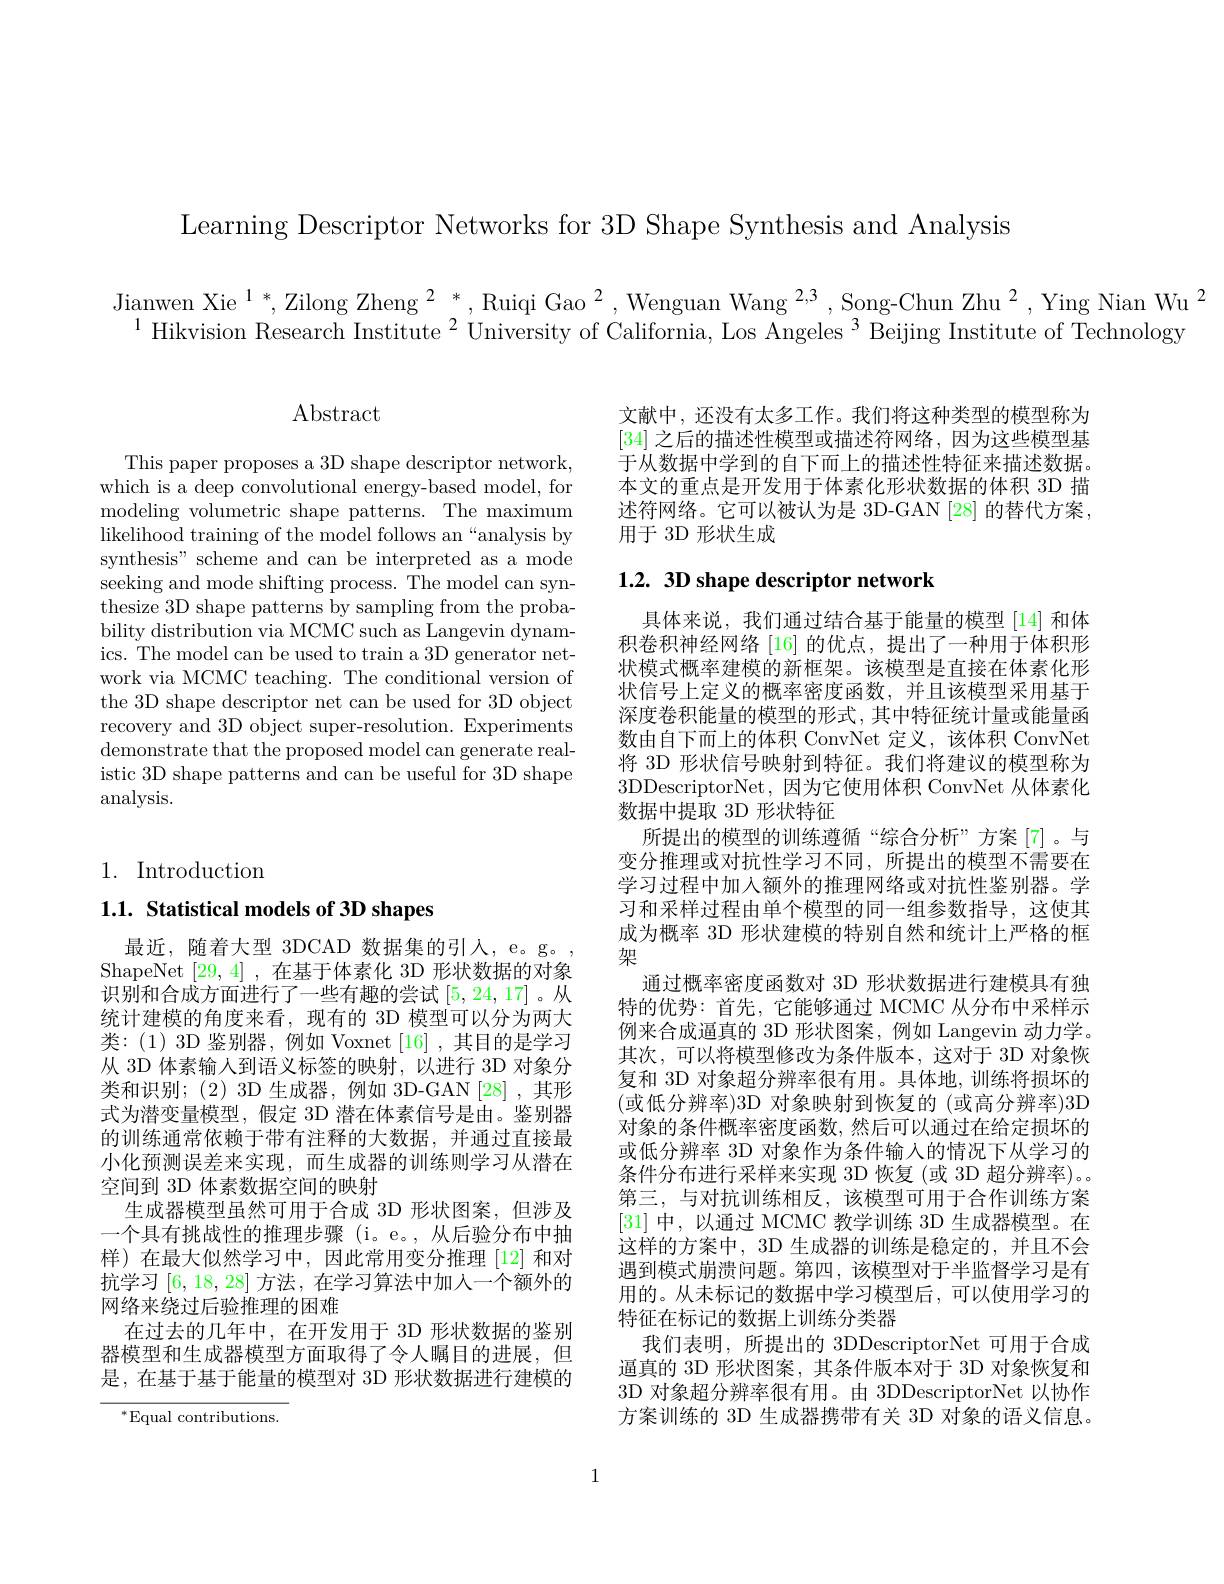
Learning Descriptor Networks for 3D Shape Synthesis and Analysis

Jianwen Xie $^1*,\text{Zilong Zheng }^2*,\text{Ruiqi Gao}^2,\text{Wenguan Wang }^{2,3},\text{Song-Chun Zhu}^2,\text{Ying Nian Wu}^2$
$^{1}$ Hikvision Research Institute $^2$ University of California, Los Angeles $^3$ Beijing Institute of Technology

$\operatorname{Abstract}$

This paper proposes a 3D shape descriptor network, which is a deep convolutional energy-based model, for modeling volumetric shape patterns. The maximum likelihood training of the model follows an“analysis by synthesis" scheme and can be interpreted as a mode seeking and mode shifting process. The model can synthesize 3D shape patterns by sampling from the probability distribution via MCMC such as Langevin dynamics. The model can be used to train a 3D generator network via MCMC teaching. The conditional version of the 3D shape descriptor net can be used for 3D object recovery and 3D object super-resolution. Experiments demonstrate that the proposed model can generate realistic 3D shape patterns and can be useful for 3D shape analysis.

1. Introduction

## 1.1. Statistical models of 3D shapes

最近，随着大型 3DCAD 数据集的引入，e。g。, ShapeNet [29,4] ,在基于体素化 3D 形状数据的对象识别和合成方面进行了一些有趣的尝试[5,24,17] 。从统计建模的角度来看，现有的 3D 模型可以分为两大类：(1)3D 鉴别器，例如 Voxnet[16],其目的是学习从 3D 体素输入到语义标签的映射，以进行 3D 对象分类和识别；(2)3D 生成器，例如 3D-GAN[28],其形式为潜变量模型，假定 3D 潜在体素信号是由。鉴别器的训练通常依赖于带有注释的大数据，并通过直接最小化预测误差来实现，而生成器的训练则学习从潜在空间到 3D 体素数据空间的映射
生成器模型虽然可用于合成 3D 形状图案，但涉及一个具有挑战性的推理步骤 (i。e。,从后验分布中抽样)在最大似然学习中，因此常用变分推理[12]和对抗学习[6,18,28]方法，在学习算法中加入一个额外的网络来绕过后验推理的困难
在过去的几年中，在开发用于 3D 形状数据的鉴别器模型和生成器模型方面取得了令人瞩目的进展，但是，在基于基于能量的模型对 3D 形状数据进行建模的

$^{*}$Equal contributions.

文献中，还没有太多工作。我们将这种类型的模型称为[34]之后的描述性模型或描述符网络，因为这些模型基于从数据中学到的自下而上的描述性特征来描述数据。本文的重点是开发用于体素化形状数据的体积 3D 描述符网络。它可以被认为是 3D-GAN[28] 的替代方案， 用于 3D 形状生成

## 1.2. 3D shape descriptor network

具体来说，我们通过结合基于能量的模型[14]和体积卷积神经网络 [16] 的优点，提出了一种用于体积形状模式概率建模的新框架。该模型是直接在体素化形状信号上定义的概率密度函数，并且该模型采用基于深度卷积能量的模型的形式，其中特征统计量或能量函数由自下而上的体积 ConvNet 定义，该体积 ConvNet 将 3D 形状信号映射到特征。我们将建议的模型称为3DDescriptorNet,因为它使用体积 ConvNet 从体素化数据中提取 3D 形状特征
所提出的模型的训练遵循“综合分析”方案[7]。与变分推理或对抗性学习不同，所提出的模型不需要在学习过程中加入额外的推理网络或对抗性鉴别器。学习和采样过程由单个模型的同一组参数指导，这使其成为概率 3D 形状建模的特别自然和统计上严格的框架
通过概率密度函数对 3D 形状数据进行建模具有独特的优势：首先，它能够通过 MCMC 从分布中采样示例来合成逼真的 3D 形状图案，例如 Langevin 动力学。其次，可以将模型修改为条件版本，这对于 3D 对象恢复和 3D 对象超分辨率很有用。具体地，训练将损坏的(或低分辨率)3D 对象映射到恢复的 (或高分辨率)3D 对象的条件概率密度函数，然后可以通过在给定损坏的或低分辨率 3D 对象作为条件输入的情况下从学习的条件分布进行采样来实现 3D 恢复 (或 3D 超分辨率)。第三，与对抗训练相反，该模型可用于合作训练方案[31]中，以通过 MCMC 教学训练 3D 生成器模型。在这样的方案中，3D 生成器的训练是稳定的，并且不会遇到模式崩溃问题。第四，该模型对于半监督学习是有用的。从未标记的数据中学习模型后，可以使用学习的特征在标记的数据上训练分类器
我们表明，所提出的 3DDescriptorNet 可用于合成通真的 3D 形状图案，其条件版本对于 3D 对象恢复和3D 对象超分辨率很有用。由 3DDescriptorNet 以协作方案训练的 3D 生成器携带有关 3D 对象的语义信息。

1